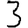
Digit: 3